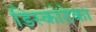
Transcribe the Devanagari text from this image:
डिस्कोटेका